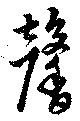
馨